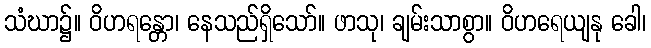
သံဃာ၌။ ဝိဟရန္တော၊ နေသည်ရှိသော်။ ဖာသု၊ ချမ်းသာစွာ။ ဝိဟရေယျနု ခေါ၊